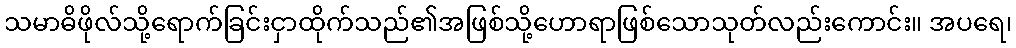
သမာဓိဖိုလ်သို့ရောက်ခြင်းငှာထိုက်သည်၏အဖြစ်သို့ဟောရာဖြစ်သောသုတ်လည်းကောင်း။ အပရေ၊